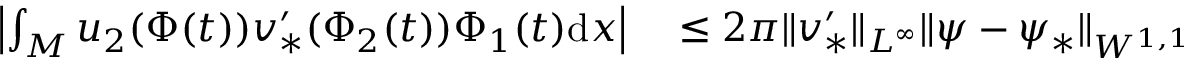
\begin{array} { r l } { \left| \int _ { M } u _ { 2 } ( \Phi ( t ) ) v _ { * } ^ { \prime } ( \Phi _ { 2 } ( t ) ) \Phi _ { 1 } ( t ) \mathrm { d } x \right| } & { { } \leq 2 \pi \| v _ { * } ^ { \prime } \| _ { L ^ { \infty } } \| { \psi } - \psi _ { * } \| _ { W ^ { 1 , 1 } } } \end{array}